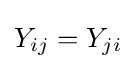
Y_{ij}=Y_{ji}